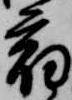
宿